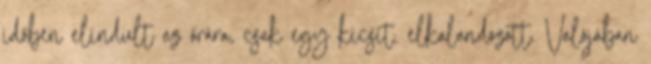
időben elindult az órára, csak egy kicsit. elkalandozott. Valójában